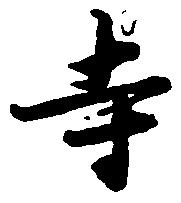
寺